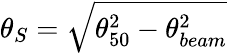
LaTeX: \theta_{S}=\sqrt{\theta_{50}^{2}-\theta_{beam}^{2}}